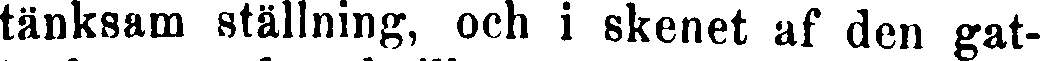
tänksam ställning, och i skenet af den gat-